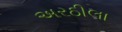
અરઠીલા